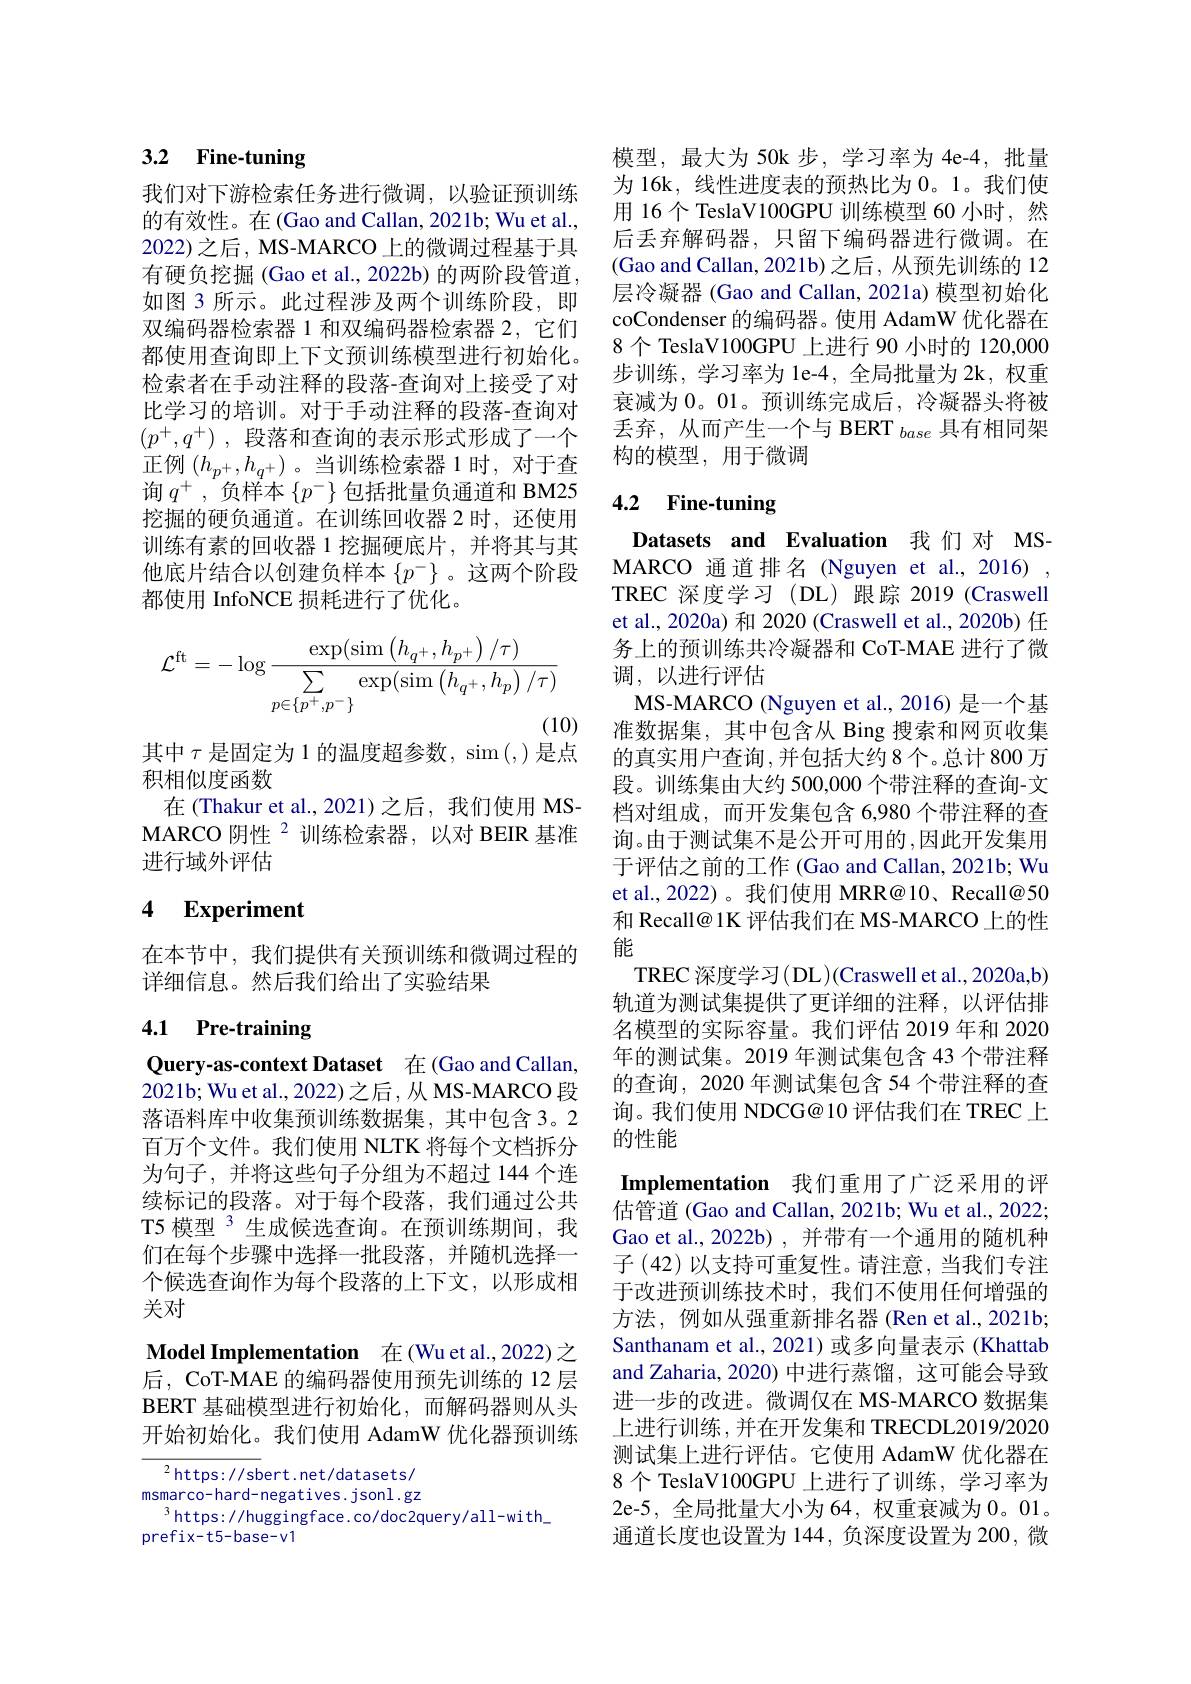
# 3.2 Fine-tuning

我们对下游检索任务进行微调，以验证预训练的有效性。在(Gao and Callan, 2021b; Wu et al., 2022)之后，MS-MARCO 上的微调过程基于具有硬负挖掘(Gao et al., 2022b) 的两阶段管道， 如图 3 所示。此过程涉及两个训练阶段，即双编码器检索器 1 和双编码器检索器 2, 它们都使用查询即上下文预训练模型进行初始化。检索者在手动注释的段落-查询对上接受了对比学习的培训。对于手动注释的段落-查询对$( p^+ , q^+ )$ ,段落和查询的表示形式形成了一个正例$\left(h_{p^+},h_{q^+}\right)$。当训练检索器 1时，对于查询$q^+$,负样本$\{p^-\}$包括批量负通道和 BM25挖掘的硬负通道。在训练回收器 2 时，还使用训练有素的回收器 1 挖掘硬底片 ,并将其与其他底片结合以创建负样本$\{p^-\}$ 。这两个阶段都使用 InfoNCE 损耗进行了优化。
$$\mathcal{L}^{\mathrm{ft}}=-\log\frac{\exp(\sin\left(h_{q^+},h_{p^+}\right)/\tau)}{\sum_{p\in\{p^+,p^-\}}\exp(\sin\left(h_{q^+},h_p\right)/\tau)}$$
其中$\tau$是固定为 1 的温度超参数，sim (,)是点

积相似度函数
在(Thakur et al.,2021)之后，我们使用 MSMARCO 阴性$^{2}$训练检索器，以对 BEIR 基准进行域外评估

## 4 Experiment

在本节中，我们提供有关预训练和微调过程的
详细信息。然后我们给出了实验结果

## 4.1 Pre-training

Query-as-context Dataset 在(Gao and Callan, 2021b; Wu et al., 2022)之后，从 MS-MARCO 段落语料库中收集预训练数据集，其中包含 3。2百万个文件。我们使用 NLTK 将每个文档拆分为句子，并将这些句子分组为不超过 144个连续标记的段落。对于每个段落，我们通过公共T5 模型 3 生成候选查询。在预训练期间，我们在每个步骤中选择一批段落，并随机选择一个候选查询作为每个段落的上下文，以形成相关对
$\textbf{Model Implementation}$在(Wuet al.,2022)之后，CoT-MAE 的编码器使用预先训练的 12 层BERT 基础模型进行初始化，而解码器则从头开始初始化。我们使用 AdamW 优化器预训练

${^{2}\mathrm{https://sbert.net/datasets/}}$ msmarco-hard-negatives.jsonl.gz $^3$https://huggingface.co/doc2query/all-with\_
prefix-t5-base-v1

模型，最大为 50k 步，学习率为 4e-4, 批量为 16k, 线性进度表的预热比为0。1。我们使用 16 个 TeslaV100GPU 训练模型 60 小时，然后丢弃解码器，只留下编码器进行微调。在(Gao and Callan, 2021b)之后，从预先训练的 12层冷凝器 (Gao and Callan, 2021a) 模型初始化coCondenser 的编码器。使用 AdamW 优化器在8个 TeslaV100GPU 上进行 90 小时的 120,000步训练，学习率为 le-4,全局批量为 2k, 权重衰减为0。01。预训练完成后，冷凝器头将被丢弃，从而产生一个与 BERT $_{base}$具有相同架构的模型，用于微调

# 4.2 Fine-tuning

Datasets and Evaluation 我们对 MSMARCO 通道排名 (Nguyen et al.,2016) , TREC 深度学习(DL)跟踪 2019(Craswell et al., 2020a) 和 2020 (Craswell et al., 2020b) 任务上的预训练共冷凝器和 CoT-MAE 进行了微调，以进行评估
MS-MARCO (Nguyen et al., 2016) 是一个基准数据集，其中包含从 Bing 搜索和网页收集的真实用户查询，并包括大约8个。总计 800 万段。训练集由大约 500,000 个带注释的查询-文档对组成，而开发集包含 6,980 个带注释的查询。由于测试集不是公开可用的，因此开发集用于评估之前的工作 (Gao and Callan, 2021b; Wu et al., 2022) 。我们使用 MRR@10、Recall@50和 Recall@ 1K 评估我们在 MS-MARCO 上的性能
TREC 深度学习(DL)(Craswell et al., 2020a,b) 轨道为测试集提供了更详细的注释，以评估排名模型的实际容量。我们评估 2019 年和 2020年的测试集。2019 年测试集包含 43 个带注释的查询，2020 年测试集包含 54 个带注释的查询。我们使用 NDCG@10 评估我们在 TREC 上的性能
Implementation 我们重用了广泛采用的评估管道 (Gao and Callan, 2021b; Wu et al., 2022; Gao et al.,2022b) ,并带有一个通用的随机种子 (42) 以支持可重复性。请注意，当我们专注于改进预训练技术时，我们不使用任何增强的方法，例如从强重新排名器(Ren et al., 2021b; Santhanam et al., 2021) 或多向量表示 (Khattab and Zaharia, 2020) 中进行蒸馏，这可能会导致进一步的改进。微调仅在 MS-MARCO 数据集上进行训练，并在开发集和 TRECDL2019/2020测试集上进行评估。它使用 AdamW 优化器在8个 TeslaV100GPU 上进行了训练，学习率为2e-5, 全局批量大小为 64, 权重衰减为0。01。通道长度也设置为 144, 负深度设置为 200, 微